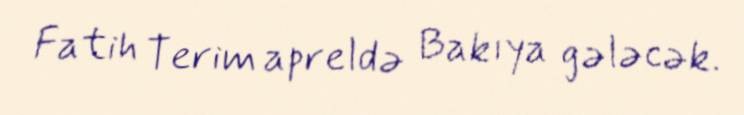
Fatih Terim apreldə Bakıya gələcək.